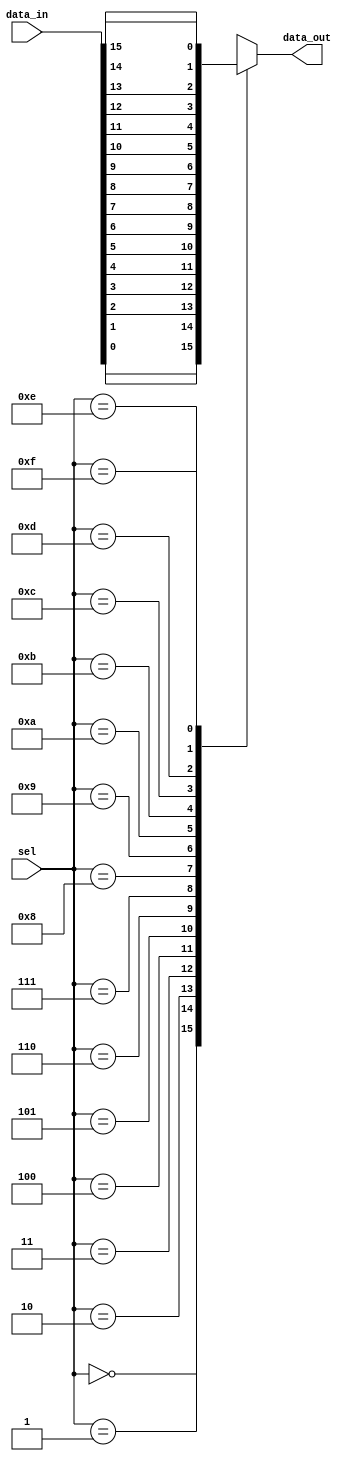
module mux16to1 (
    input [15:0] data_in,
    input [3:0] sel,
    output reg data_out
);

always @(*) begin
    case(sel)
        4'b0000: data_out = data_in[0];
        4'b0001: data_out = data_in[1];
        4'b0010: data_out = data_in[2];
        4'b0011: data_out = data_in[3];
        4'b0100: data_out = data_in[4];
        4'b0101: data_out = data_in[5];
        4'b0110: data_out = data_in[6];
        4'b0111: data_out = data_in[7];
        4'b1000: data_out = data_in[8];
        4'b1001: data_out = data_in[9];
        4'b1010: data_out = data_in[10];
        4'b1011: data_out = data_in[11];
        4'b1100: data_out = data_in[12];
        4'b1101: data_out = data_in[13];
        4'b1110: data_out = data_in[14];
        4'b1111: data_out = data_in[15];
        default: data_out = 0; // Default case, in case select lines are invalid
    endcase
end

endmodule